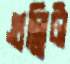
গুল্লিটা